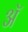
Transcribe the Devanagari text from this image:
अॅ